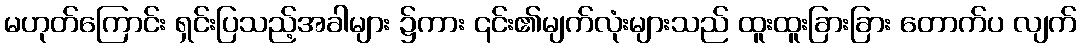
မဟုတ်ကြောင်း ရှင်းပြသည့်အခါများ ၌ကား ၎င်း၏မျက်လုံးများသည် ထူးထူးခြားခြား တောက်ပ လျက်